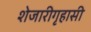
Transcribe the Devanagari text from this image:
शेजारीगृहासी